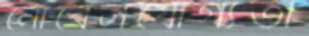
নোবেলযোগ্যতা